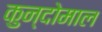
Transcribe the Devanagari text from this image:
कुन्दोमाल